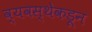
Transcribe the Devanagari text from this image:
व्यवस्थेकडून